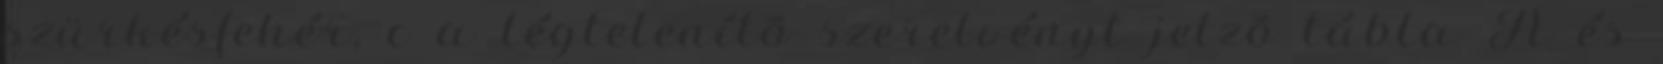
szürkésfehér, c a légtelenítõ szerelvényt jelzõ tábla A és